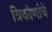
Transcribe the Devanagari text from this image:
त्रिकोणांचे